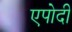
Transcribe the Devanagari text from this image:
एपोदी